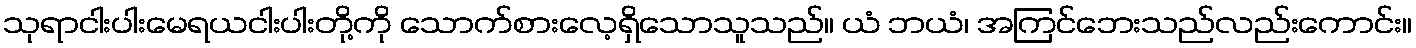
သုရာငါးပါးမေရယငါးပါးတို့ကို သောက်စားလေ့ရှိသောသူသည်။ ယံ ဘယံ၊ အကြင်ဘေးသည်လည်းကောင်း။